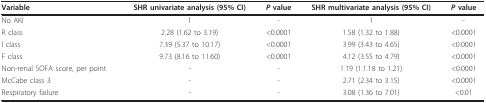
<table><thead><tr><td><b>Variable</b></td><td><b>SHR univariate analysis (95% CI)</b></td><td><b><i>P </i>value</b></td><td><b>SHR multivariate analysis (95% CI)</b></td><td><b><i>P </i>value</b></td></tr></thead><tbody><tr><td>No AKI</td><td>1</td><td>-</td><td>1</td><td>-</td></tr><tr><td>R class</td><td>2.28 (1.62 to 3.19)</td><td>&lt;0.0001</td><td>1.58 (1.32 to 1.88)</td><td>&lt;0.0001</td></tr><tr><td>I class</td><td>7.39 (5.37 to 10.17)</td><td>&lt;0.0001</td><td>3.99 (3.43 to 4.65)</td><td>&lt;0.0001</td></tr><tr><td>F class</td><td>9.73 (8.16 to 11.60)</td><td>&lt;0.0001</td><td>4.12 (3.55 to 4.79)</td><td>&lt;0.0001</td></tr><tr><td>Non-renal SOFA score, per point</td><td>-</td><td>-</td><td>1.19 (1.1.18 to 1.21)</td><td>&lt;0.0001</td></tr><tr><td>McCabe class 3</td><td>-</td><td>-</td><td>2.71 (2.34 to 3.15)</td><td>&lt;0.0001</td></tr><tr><td>Respiratory failure</td><td>-</td><td>-</td><td>3.08 (1.36 to 7.01)</td><td>&lt;0.01</td></tr></tbody></table>